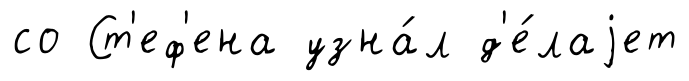
со Ст'еф'ена узна́л д'е́лаjет